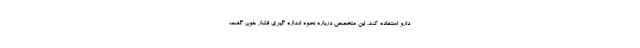
دارو استفاده کند. این متخصص درباره نحوه اندازه گیری فشار خون گفت: